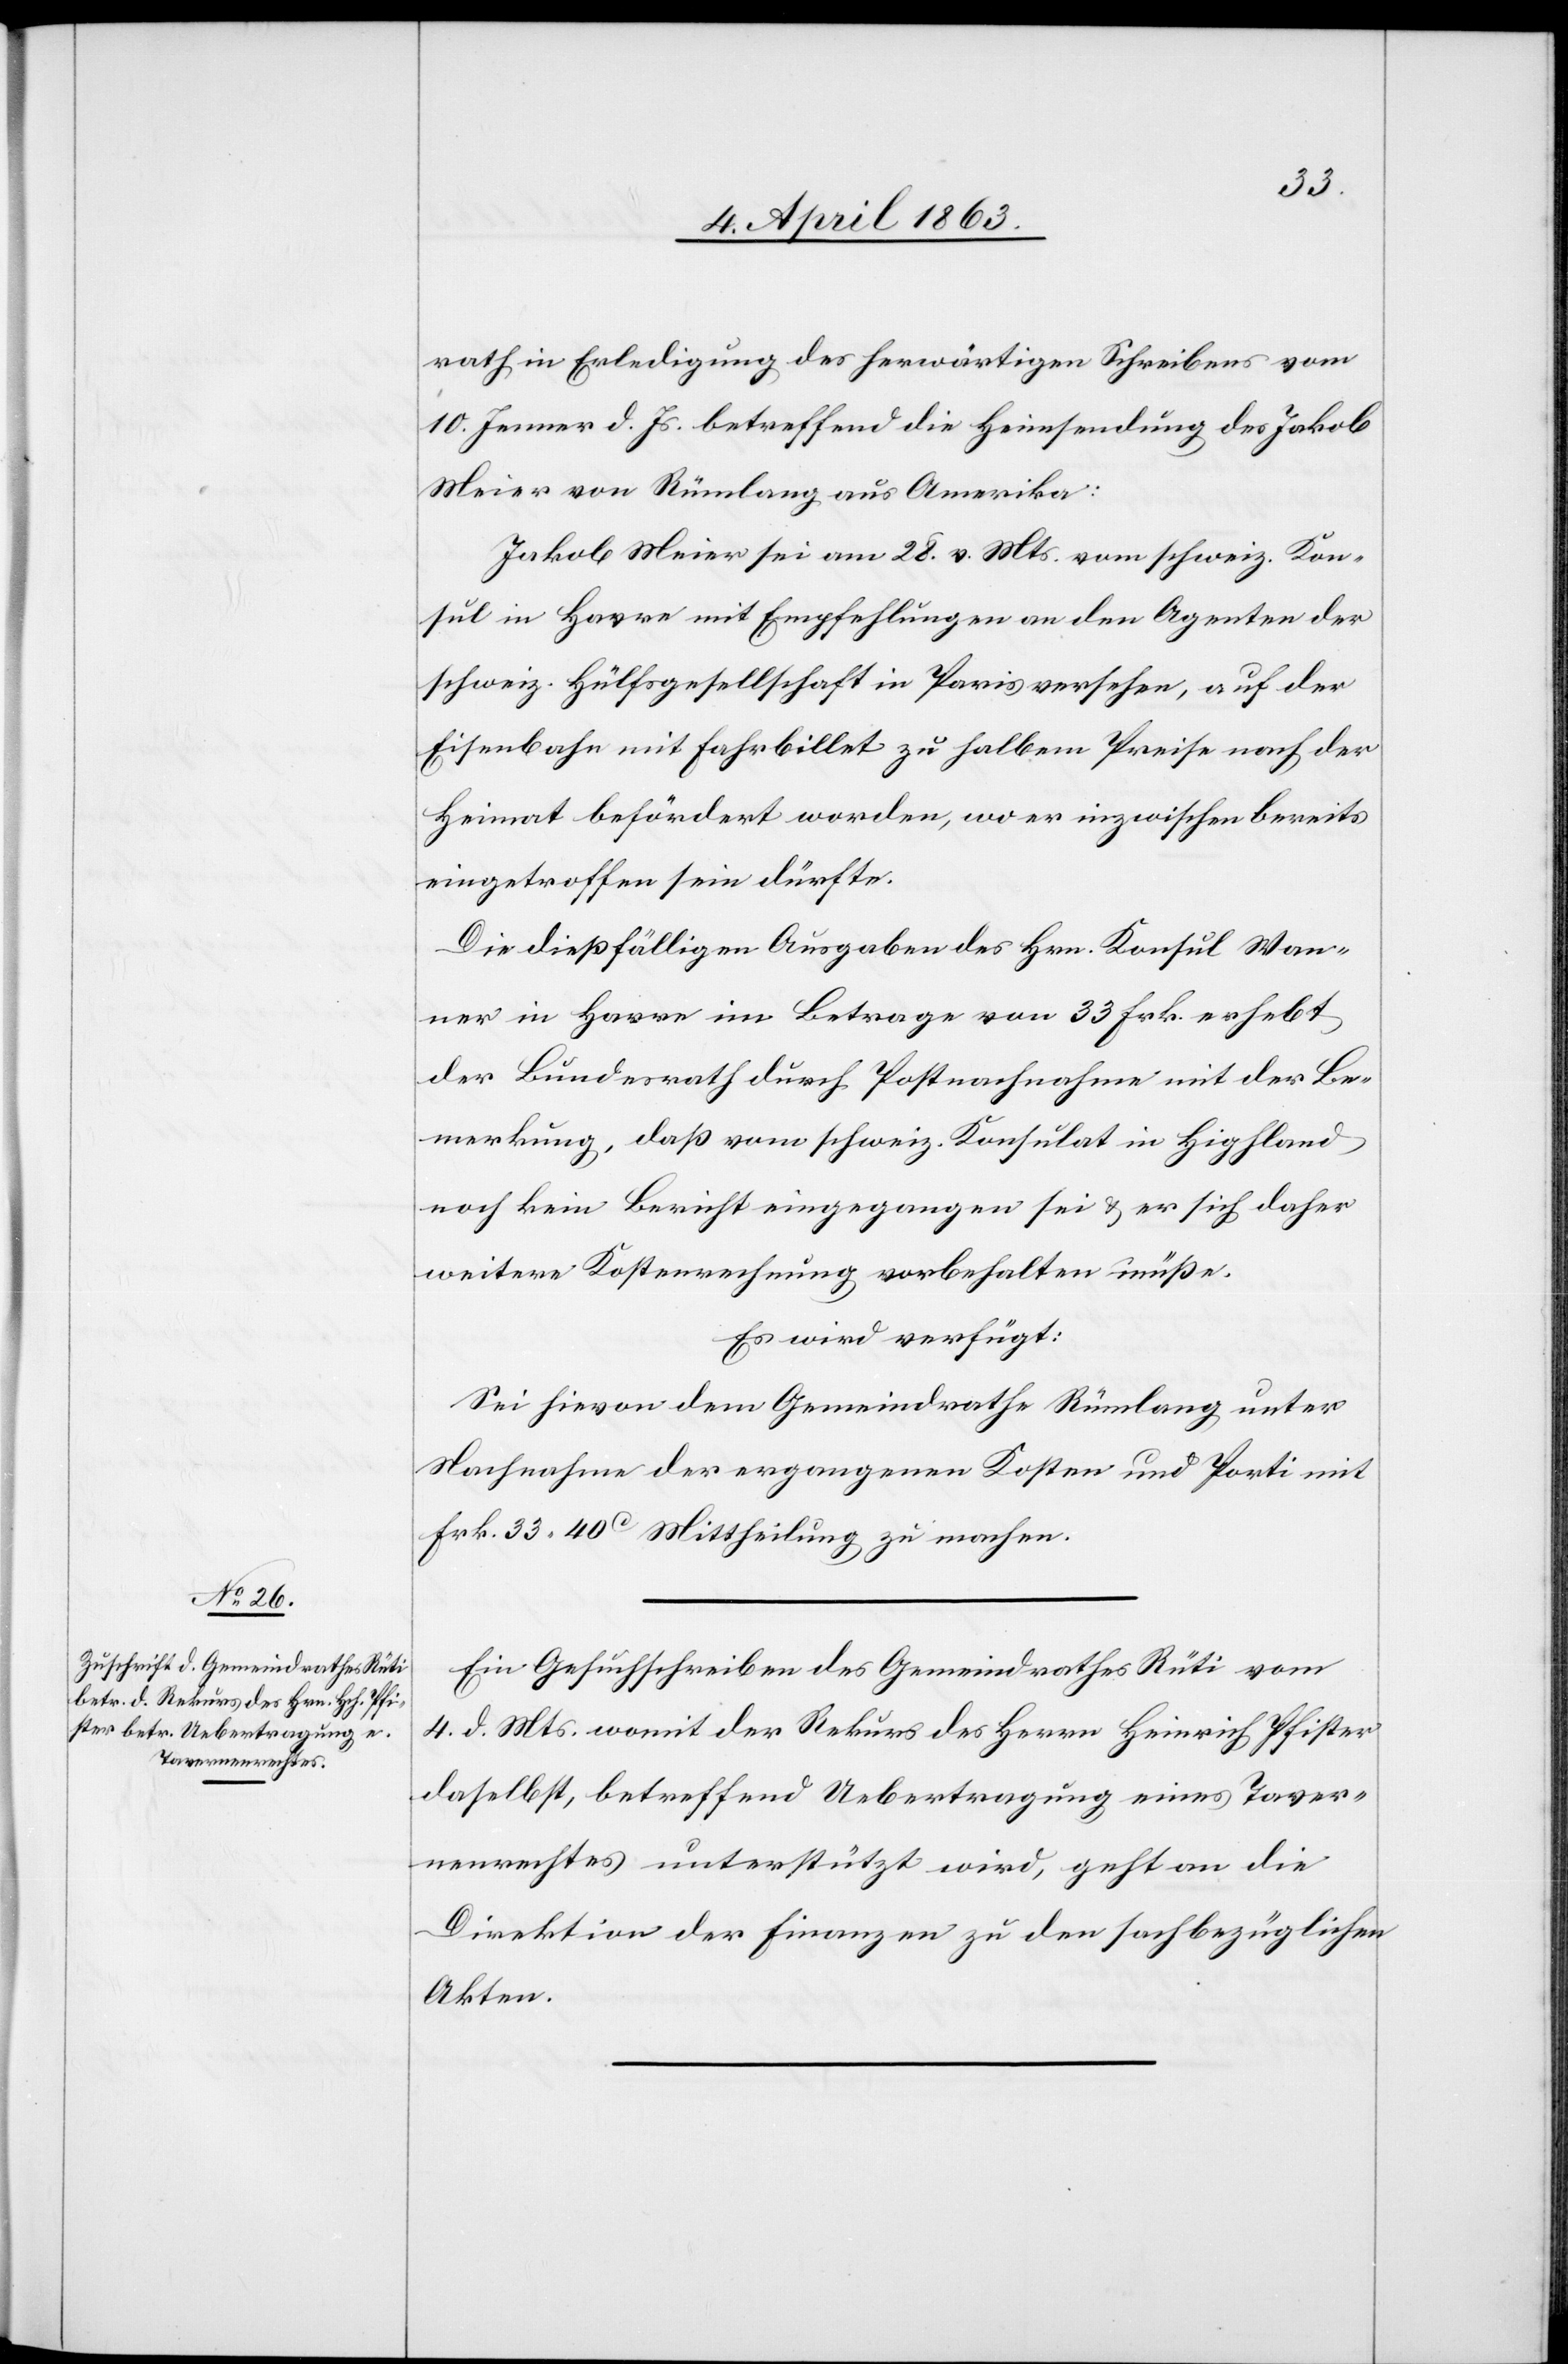
7. April 1863.]
rath in Erledigung des herwärtigen Schreibens vom
10. Jenner d. Js. betreffend die Heimsendung des Jakob
Meier von Rümlang aus Amerika:
Jakob Meier sei am 28. v. Mts. vom schweiz. Kon¬
sul in Havre mit Empfehlungen an den Agenten der
schweiz. Hülfsgesellschaft in Paris versehen, auf der
Eisenbahn mit Fahrbillet zu halbem Preise nach der
Heimat befördert worden, wo er inzwischen bereits
eingetroffen sein dürfte.
Die dießfälligen Ausgaben des Hrn. Konsul Wan¬
ner in Havre im Betrage von 33 Frk. erhebt
der Bundesrath durch Postnachnahme mit der Be¬
merkung, daß vom schweiz. Konsulat in Highland
noch kein Bericht eingegangen sei & er sich daher
weitere Kostenrechnung vorbehalten müße.
Es wird verfügt:
Sei hievon dem Gemeindrathe Rümlang unter
Nachnahme der ergangenen Kosten und Porti mit
Frk. 33. 40c Mittheilung zu machen.
Ein Gesuchschreiben des Gemeindrathes Rüti vom
4. d. Mts. womit der Rekurs des Herrn Heinrich Pfister
daselbst, betreffend Uebertragung eines Taver¬
nenrechtes unterstützt wird, geht an die
Direktion der Finanzen zu den sachbezüglichen
Akten.